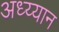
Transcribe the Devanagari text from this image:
अध्य्यान